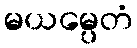
မယမ္ပေတံ